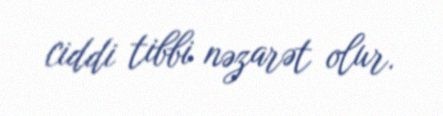
ciddi tibbi nəzarət olur.